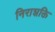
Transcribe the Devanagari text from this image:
निराशक्ति